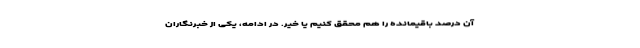
آن درصد باقیمانده را هم محقق کنیم یا خیر. در ادامه، یکی از خبرنگاران